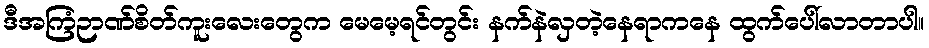
ဒီအကြံဉာဏ်စိတ်ကူးလေးတွေက မေမေ့ရင်တွင်း နက်နဲလှတဲ့နေရာကနေ ထွက်ပေါ်လာတာပါ။